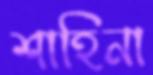
শাহিনা